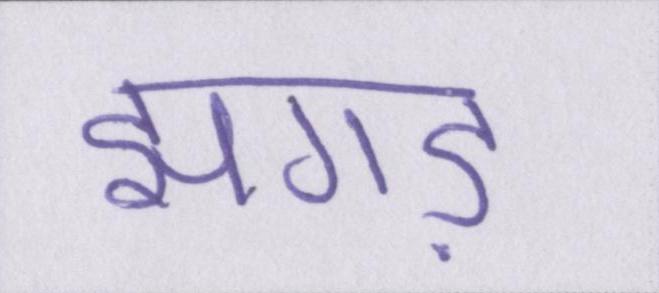
झगड़